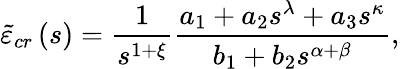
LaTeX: \tilde{\varepsilon}_{cr}\left(s\right)=\frac{1}{s^{1+\xi}}\frac{a_{1}+a_{2}s^{\lambda}+a_{3}s^{\kappa}}{b_{1}+b_{2}s^{\alpha+\beta}},